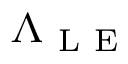
\Lambda _ { \mathrm { ~ L ~ E ~ } }